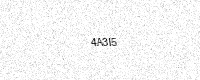
Text: 4A3I5